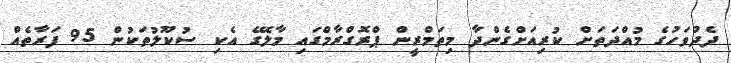
ދެދުވަހުގެ މުއްދަތަށް ކުރިއަށްގެންދާ މިތަމްރީން ޕްރޮގްރާމްގައި މާލޭގެ އެކި ސުކޫލުތަކުން 95 ފަރާތެއް